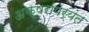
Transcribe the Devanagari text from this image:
अक्षरांपर्यंत